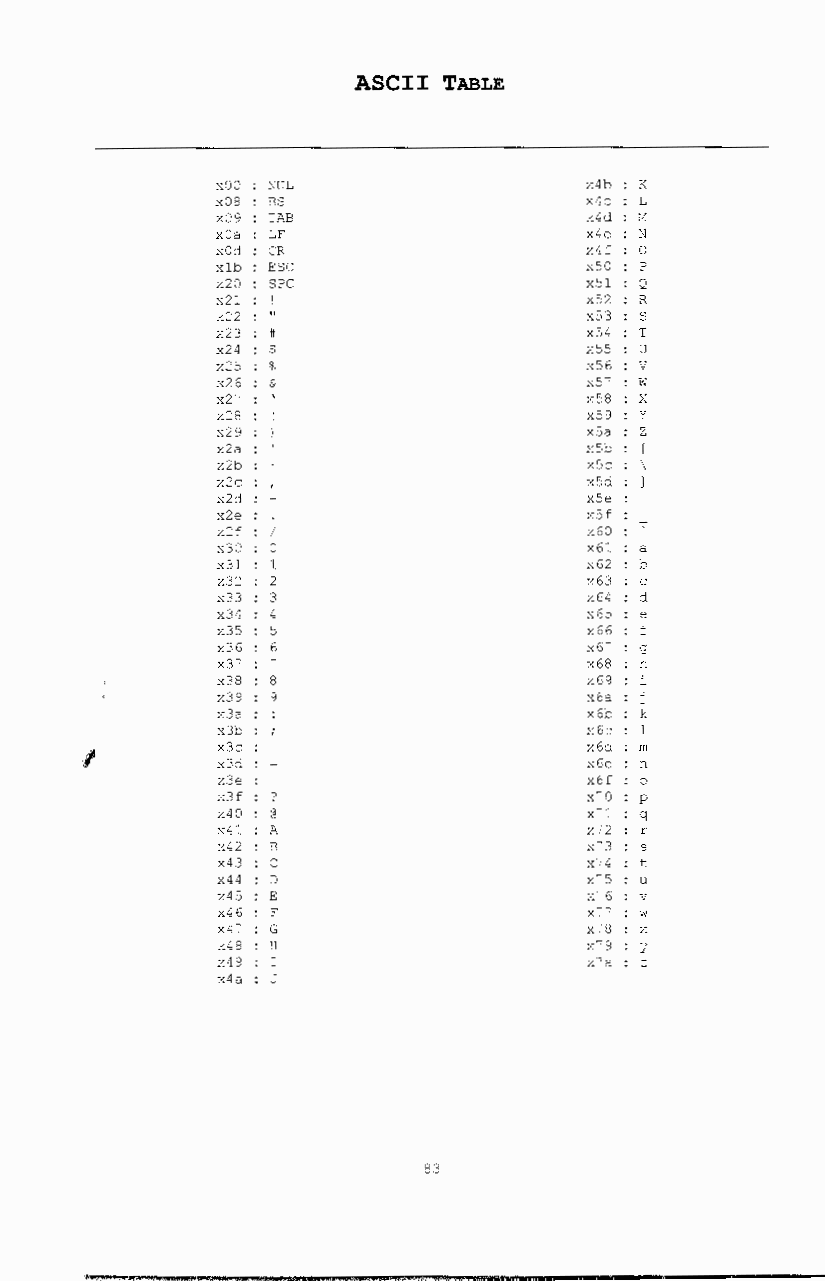
ASCII TABLE
 xOO : NUL                x4b : K
 x08 : BS                 x4c : L
 x09 : TAB                x4d : M
 xOa : LF                 x4e : N
 xOd : CR                 x4f : 0
 xlb : ESC                x50 : p
 x20 : SPC                x51 : Q
 x21 : !                  x52 : R
 x22 : "                  x53 : s
 x23 : #                  x54 : T
 x24 : $                  x55 : u
 x25 : %                  x56 : v
 x26 : &                  x57 : w
 x2" :                    x58 : X
 x28 : I                  x59 : y
 x29 : )                  x5a : z
 x2a :                    x5b : [
 x2b : +                  x5c : \
 x x22 dc :
 :
 -'                   xx5 5d
 e
 : l
 x2e :                    x5f
 x2f : I                  x60 : -;-
 x30 : 0                  x61 : a
 x31 : 1                  x62 : b
 x32 : 2                  x63 : c
 x33 : 3                  x64 : d
 x34 : 4                  x65 : e
 x35 : 5                  x66 : f
 x36 : 6                  x6" : g
 xr :                     x68 : h
 x38 : 8                  x69 : i
 x39 : 9                  x6a : j
 x3a : :                  x6b : k
 x3b : ;                  x6c : 1
 I        x3c :                    x6d : m
 x3d : =                  x6e : n
 x3e :                    x6f : o
 x3f : ?                  x"O : p
 x40 : @                  x-1 : q
 x41 :A                   x"2 : r
 x42 : B                  x"3 : s
 x43 : c                  x74 : t
 x44 : D                  x-s : u
 x45 : E                  x"6 : v
 x46 : F                  x-- : w
 x4" : G                  x-8 : X
 x48 : H                  x"9 : y
 x49 : I                  x'a
 x4a : J
 83